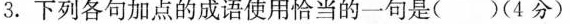
3.下列各句加点的成语使用恰当的一句是( )(4分)